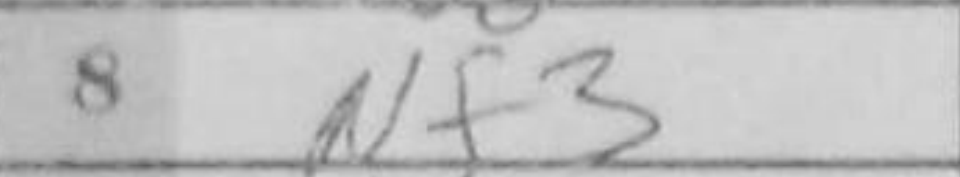
Transcription: Nf3